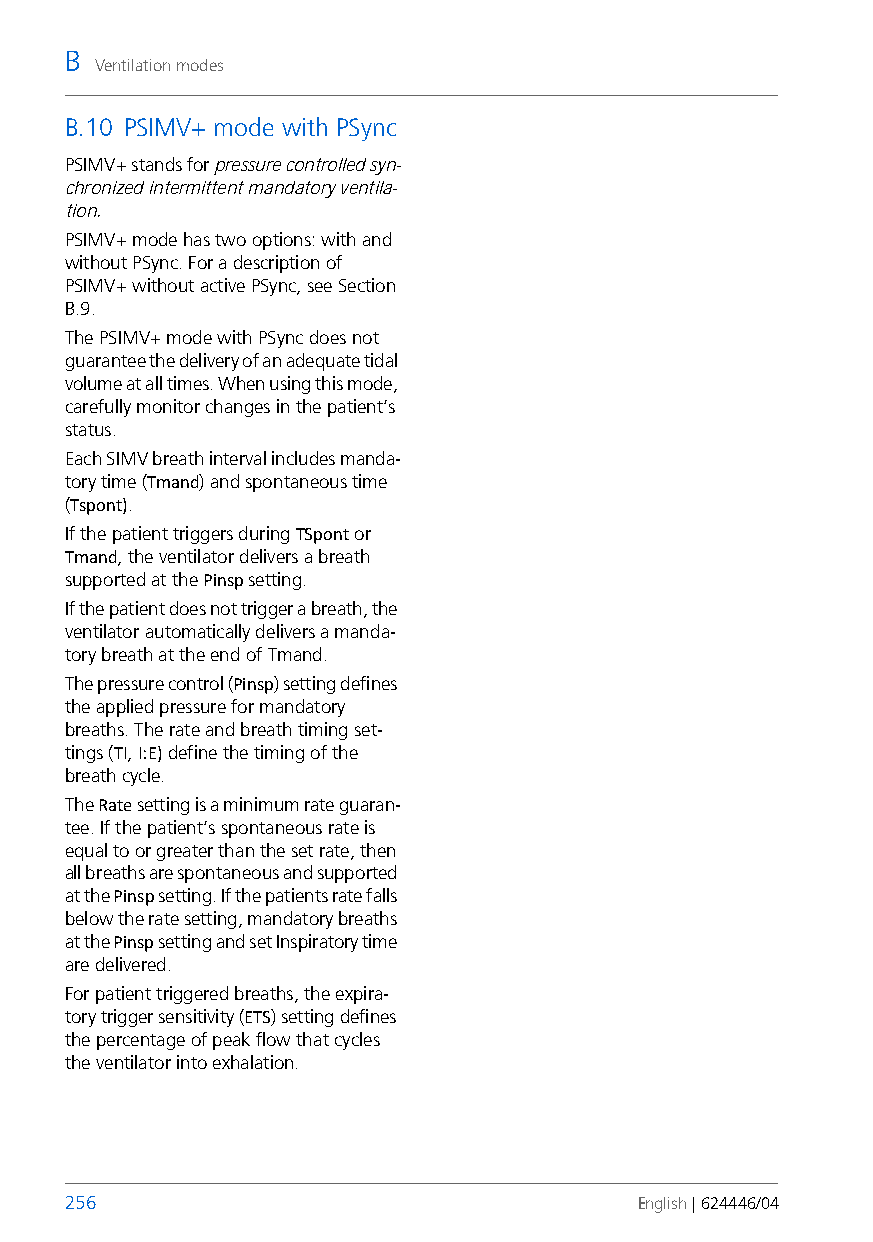
B
 Ventilation modes
 B.10 PSIMV+ mode with PSync
 PSIMV+ stands for pressure controlled syn-
 chronized intermittent mandatory ventila-
 tion.
 PSIMV+ mode has two options: with and
 without PSync. For a description of
 PSIMV+ without active PSync, see Section
 B.9.
 The PSIMV+ mode with PSync does not
 guarantee the delivery of an adequate tidal
 volume at all times. When using this mode,
 carefully monitor changes in the patient’s
 status.
 Each SIMV breath interval includes manda-
 tory time (Tmand) and spontaneous time
 (Tspont).
 If the patient triggers during TSpont or
 Tmand, the ventilator delivers a breath
 supported at the Pinsp setting.
 If the patient does not trigger a breath, the
 ventilator automatically delivers a manda-
 tory breath at the end of Tmand.
 The pressure control (Pinsp) setting defines
 the applied pressure for mandatory
 breaths. The rate and breath timing set-
 tings (TI, I:E) define the timing of the
 breath cycle.
 The Rate setting is a minimum rate guaran-
 tee. If the patient’s spontaneous rate is
 equal to or greater than the set rate, then
 all breaths are spontaneous and supported
 at the Pinsp setting. If the patients rate falls
 below the rate setting, mandatory breaths
 at the Pinsp setting and set Inspiratory time
 are delivered.
 For patient triggered breaths, the expira-
 tory trigger sensitivity (ETS) setting defines
 the percentage of peak flow that cycles
 the ventilator into exhalation.
 256                                   English | 624446/04